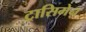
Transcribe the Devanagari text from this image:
ट्रासिमेन